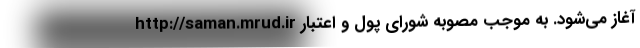
http://saman.mrud.ir آغاز می‌شود. به موجب مصوبه شورای پول و اعتبار